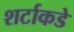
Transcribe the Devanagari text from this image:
शर्टाकडे